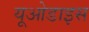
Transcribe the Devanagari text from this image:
यूओडाइस